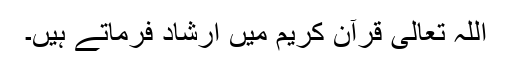
اللہ تعالی قرآن کریم میں ارشاد فرماتے ہیں۔